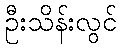
ဦးသိန်းလွင်